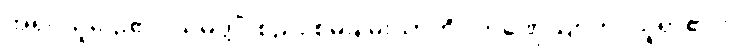
အရှင်သူဌေး၏။ သမ္ပတ္တိံ၊ စည်း စိမ်ချမ်းသာကို။ ကဏှေယျာတိ၊ ယူရာ၏ဟု။